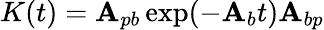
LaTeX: K(t)=\mathbf{A}_{pb}\exp(-\mathbf{A}_{b}t)\mathbf{A}_{bp}